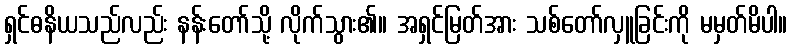
ရှင်ဓနိယသည်လည်း နန်းတော်သို့ လိုက်သွား၏။ အရှင်မြတ်အား သစ်တော်လှူခြင်းကို မမှတ်မိပါ။